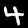
Label: 4